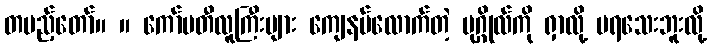
တပည့်တော်။ ။ ကော်မတီလူကြီးများ ကျေနပ်လောက်တဲ့ ပုဂ္ဂိုလ်ကို ရှာလို့ မရသေးဘူးလို့